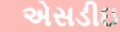
એસડીઇ